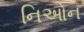
નિઓન